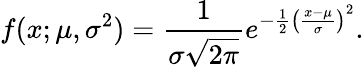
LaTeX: f(x;\mu,\sigma^{2})={\frac{1}{\sigma{\sqrt{2\pi}}}}e^{-{\frac{1}{2}}\left({\frac{x-\mu}{\sigma}}\right)^{2}}.